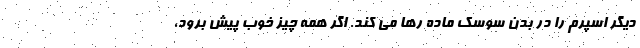
دیگر اسپرم را در بدن سوسک ماده رها می کند. اگر همه چیز خوب پیش برود،